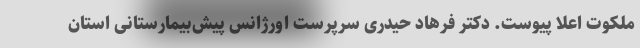
ملکوت اعلا پیوست. دکتر فرهاد حیدری سرپرست اورژانس پیش‌بیمارستانی استان